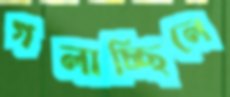
গলাচ্ছিলে